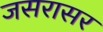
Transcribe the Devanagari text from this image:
जसरासर